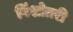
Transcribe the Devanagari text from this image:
विंशोतरी